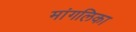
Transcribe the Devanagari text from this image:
मांगलिका